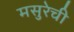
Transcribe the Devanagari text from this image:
मसुरेची